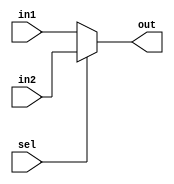
////////////////////Mux/////////////////////////
`timescale 1ps/1ps
module mux(out,in1,in2,sel);
/////////Inputs
input [31:0] in1;
input [31:0] in2;
input sel;
////////Output
output reg [31:0] out;

always @(*)
begin
#10
if(!sel)
	out <= in1;
else
	out <= in2;
end
endmodule